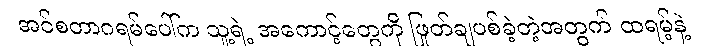
အင်စတာဂရမ်ပေါ်က သူ့ရဲ့ အကောင့်တွေကို ဖြုတ်ချပစ်ခဲ့တဲ့အတွက် ထရမ့်နဲ့